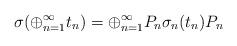
LaTeX: \begin{align*}\sigma(\oplus_{n=1}^\infty t_n)=\oplus_{n=1}^\infty P_n \sigma_n(t_n)P_n\end{align*}